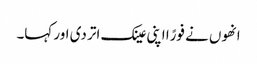
انھوں نے فورًا اپنی عینک اتر دی اور کہا۔